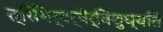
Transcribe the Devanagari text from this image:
त्रिभिर्वर्षैर्विशुध्यति